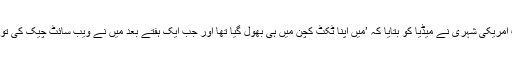
کروڑوں ڈالر کی لاٹری جیتنے والے خوش نصیب امریکی شہری نے میڈیا کو بتایا کہ ’میں اپنا ٹکٹ کچن میں ہی بھول گیا تھا اور جب ایک ہفتے بعد میں نے ویب سائٹ چیک کی تو میں حیران رہ گیا کیونکہ میرا بمبر انعام نکلا تھا۔